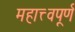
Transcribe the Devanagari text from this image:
महात्त्वपूर्ण